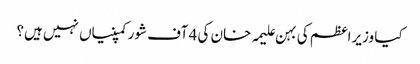
کیا وزیراعظم کی بہن علیمہ خان کی 4 آف شور کمپنیاں نہیں ہیں؟